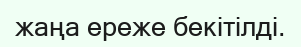
жаңа ереже бекітілді.